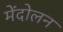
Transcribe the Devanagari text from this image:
मेंदोलन